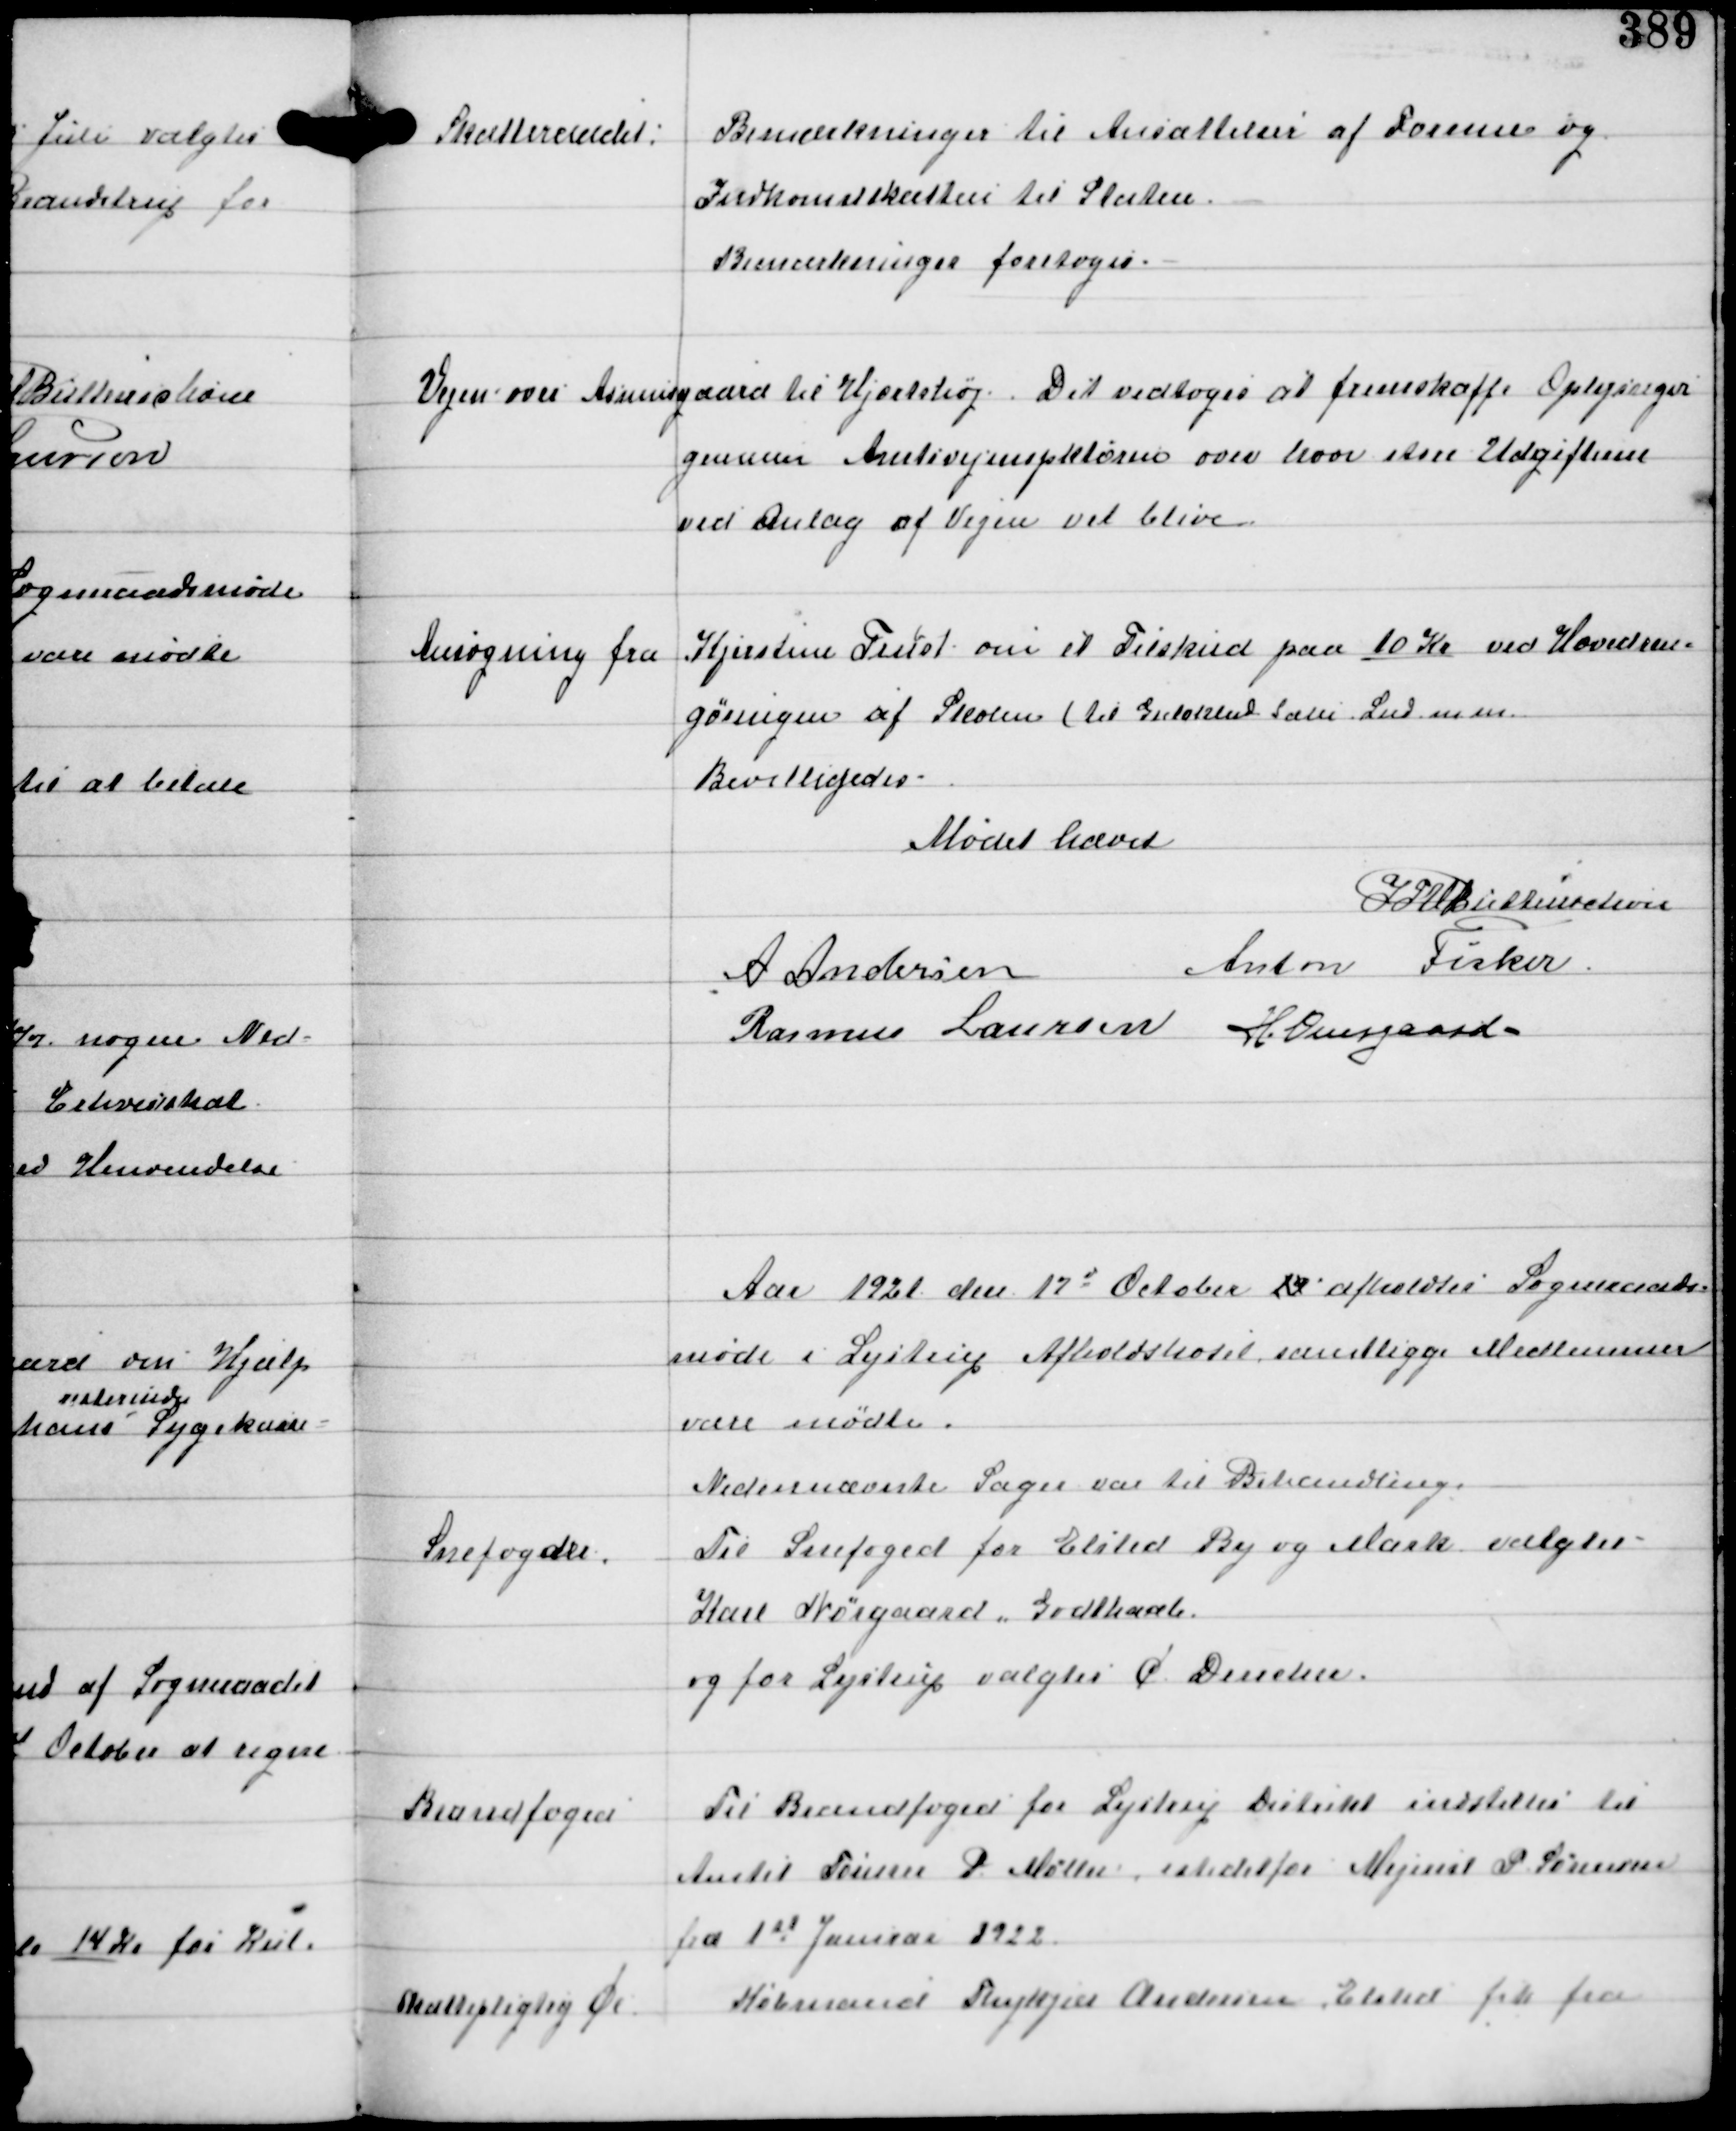
Transskription:
Skatteraadet:

Bemærkninger til Ansættelser af Formue og
Indkomstskatten til Staten.
Bemærkninger foretoges.

Vejen over Asmusgaard til Hjortshøj. Det vedtoges at fremskaffe Oplysninger
gennem Amtsvejinspektøren over hvor store Udgifterne
ved Anlæg af Vejen vil blive

Ansøgning fra Kjirstine Trust om et Tilskud paa 10 Kr ved Hovedren-
gøringen af Skolen (til Gulvklud Sæbe Lud mm.
Bevilligedes.

Mødet hævet
IFV Buttenschøn
A Andersen
Anton Fisker
Rasmus Laursen H Overgaard

Aar 1921 den 17d October 19 afholdtes Sogneraads-
møde i Lystrup Afholdshotel samtlige Medlemmer
vare mødte.
Nedennævnte Sager var til Behandling

Snefogeder

Til Snefoged for Elsted By og Mark valgtes
Karl Nørgaard, Godthaab
og for Lystrup valgtes C Dencker.

Brandfoged

Til Brandfoged for Lystrup Distrikt indstilles til
Amtet Tømrer P. Møller istedetfor Mejerist P. Sørensen
fra 1st Januar 1922.

Skattepligtig Øl

Købmand Thykjær Andersen, Elsted fik fra